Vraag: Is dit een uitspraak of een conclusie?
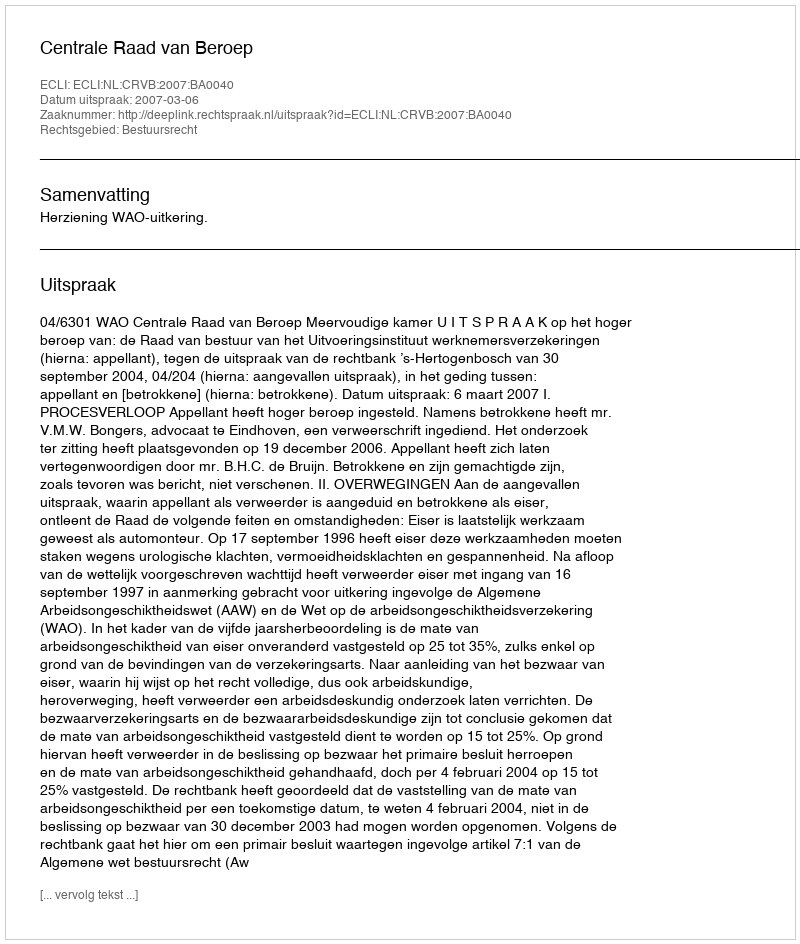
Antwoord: Uitspraak